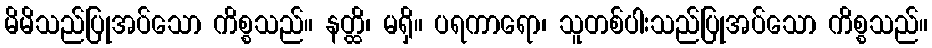
မိမိသည်ပြုအပ်သော ကိစ္စသည်။ နတ္ထိ၊ မရှိ။ ပရကာရော၊ သူတစ်ပါးသည်ပြုအပ်သော ကိစ္စသည်။